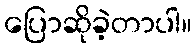
ပြောဆိုခဲ့တာပါ။